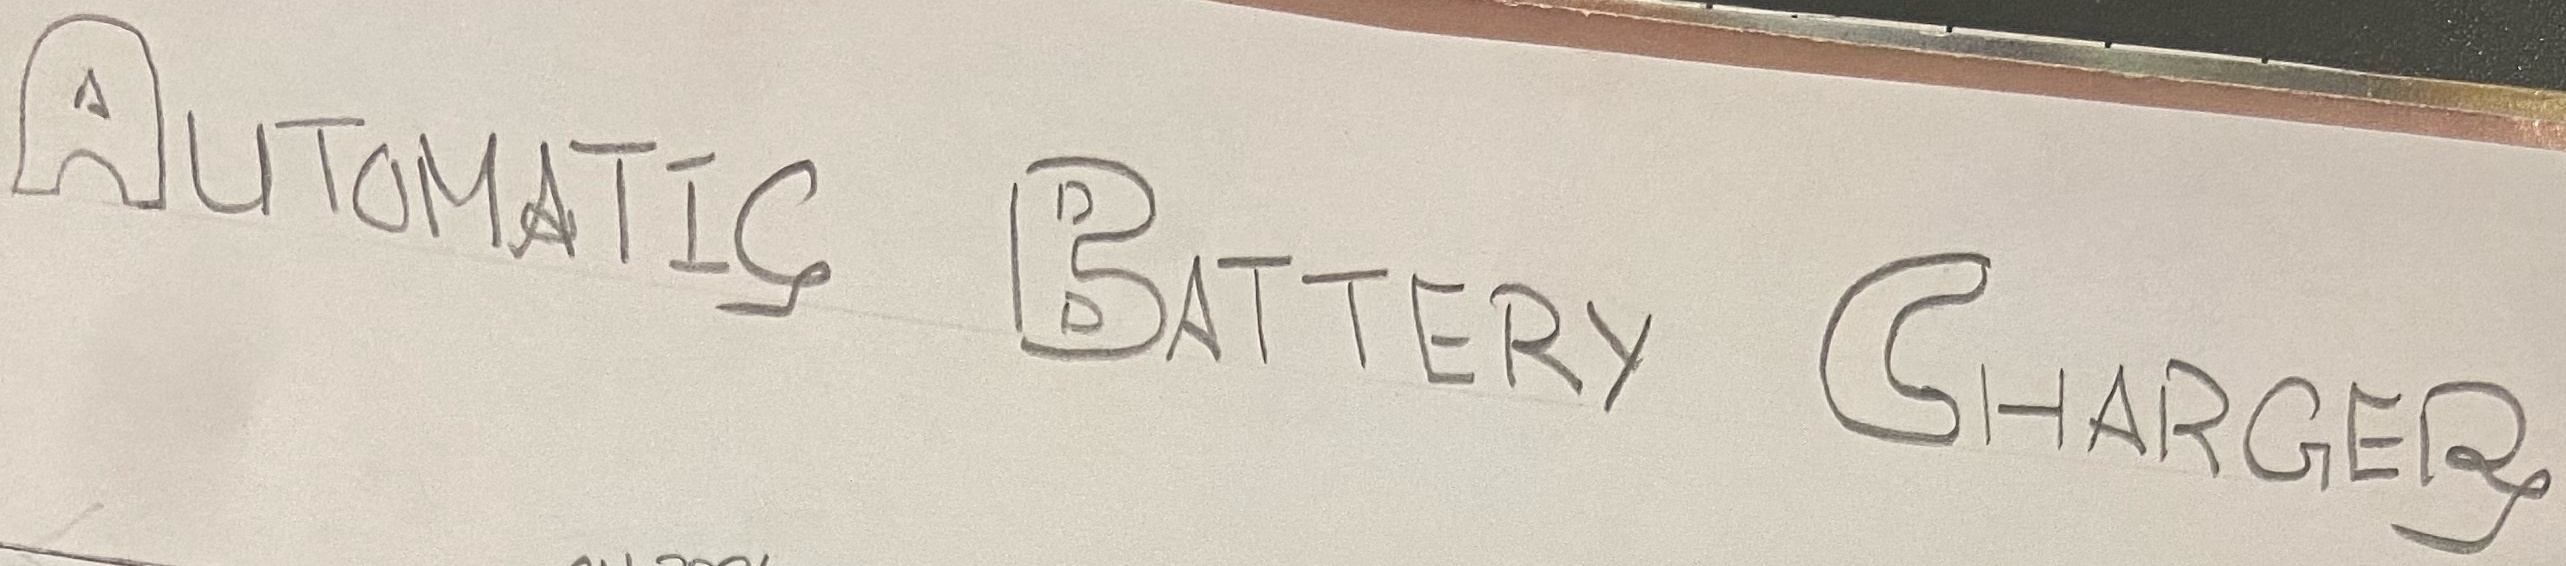
Text: AUTOMATIC BATTERY CHARGER